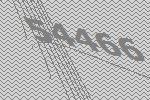
54466